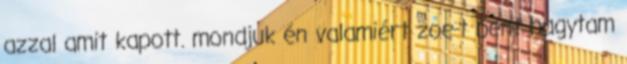
azzal amit kapott. mondjuk én valamiért zoe-t bent hagytam